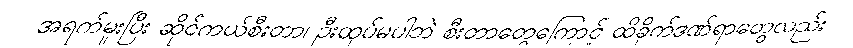
အရက်မူးပြီး ဆိုင်ကယ်စီးတာ၊ ဦးထုပ်မပါဘဲ စီးတာတွေကြောင့် ထိခိုက်ဒဏ်ရာတွေလည်း